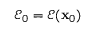
\mathscr { E } _ { 0 } = \mathscr { E } ( \mathbf { x } _ { 0 } )